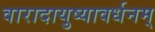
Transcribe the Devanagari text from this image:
वारादायुष्यावर्धनम्